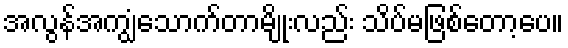
အလွန်အကျွံသောက်တာမျိုးလည်း သိပ်မဖြစ်တော့ပေ။